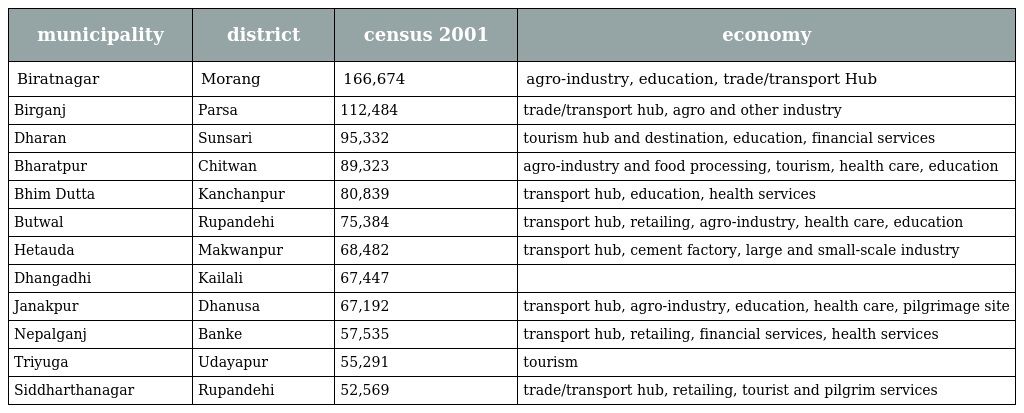
| municipality | district | census 2001 | economy |
 | --- | --- | --- | --- |
 | Biratnagar | Morang | 166,674 | agro-industry, education, trade/transport Hub |
 | Birganj | Parsa | 112,484 | trade/transport hub, agro and other industry |
 | Dharan | Sunsari | 95,332 | tourism hub and destination, education, financial services |
 | Bharatpur | Chitwan | 89,323 | agro-industry and food processing, tourism, health care, education |
 | Bhim Dutta | Kanchanpur | 80,839 | transport hub, education, health services |
 | Butwal | Rupandehi | 75,384 | transport hub, retailing, agro-industry, health care, education |
 | Hetauda | Makwanpur | 68,482 | transport hub, cement factory, large and small-scale industry |
 | Dhangadhi | Kailali | 67,447 |  |
 | Janakpur | Dhanusa | 67,192 | transport hub, agro-industry, education, health care, pilgrimage site |
 | Nepalganj | Banke | 57,535 | transport hub, retailing, financial services, health services |
 | Triyuga | Udayapur | 55,291 | tourism |
 | Siddharthanagar | Rupandehi | 52,569 | trade/transport hub, retailing, tourist and pilgrim services |